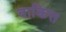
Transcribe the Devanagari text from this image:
वाक्चित्त